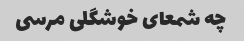
چه شمعای خوشگلی مرسی